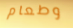
وطعام